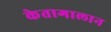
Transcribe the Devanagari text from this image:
केतागालान